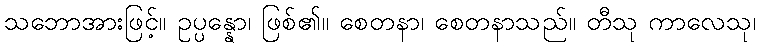
သဘောအားဖြင့်။ ဥပ္ပန္နော၊ ဖြစ်၏။ စေတနာ၊ စေတနာသည်။ တီသု ကာလေသု၊